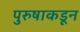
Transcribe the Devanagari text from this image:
पुरुषाकडून